Report on horse surra - Volume II, Part II
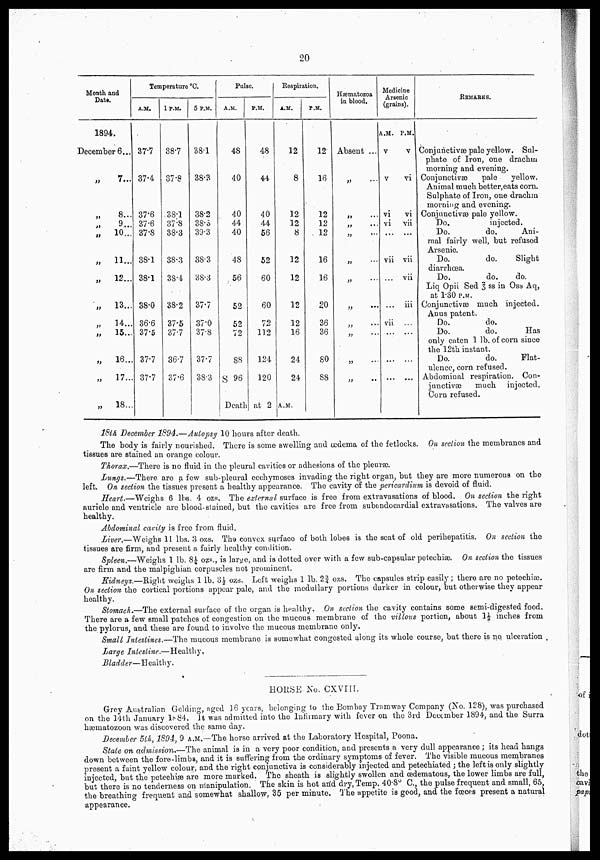
20
Month and
Date.
1894.
December 6...
„
7...
„
8...
„
9...
„
10...
„
11...
„
12...
„
13...
„
14...
„
15...
„
18...
„
17...
„
18...
Temperature °C.
A.M.
37.7
37.4
37.6
37.6
37.8
38.1
38.1
38.0
36.6
37.5
37.7
37.7
1 P.M.
38.7
37.8
38.1
37.8
38.3
38.3
38.4
38.2
37.5
37.7
36.7
37.6
5 P.M.
38.1
38.3
38.2
38.3
39.3
38.3
38.3
37.7
37.0
37.8
37.7
38.3
Pulse.
A.M.
48
40
40
44
40
48
56
52
52
72
88
S 96
P.M.
48
44
40
44
56
52
60
60
72
112
124
120
Respiration.
A.M.
12
8
12
12
8
12
12
12
12
16
24
24
Death at 2 A.M.
P.M.
12
16
12
12
12
16
16
20
36
36
80
88
Hæmatozoa
in blood.
Absent ...
„ ...
„
...
„ ...
„ ...
„ ...
„ ...
„ ...
„ ...
„ ...
„ ...
„ ...
Medicine
Arsenic
(grains).
A.M.
v
v
vi
vi
...
vii
...
vii
...
...
...
P.M.
v
vi
vi
vii
...
vii
vii
iii
...
...
...
...
REMARKS.
Conjunctivæ pale yellow. Sul-
phate of Iron, one drachm
morning and evening.
Conjunctivae
pale
yellow.
Animal much better, eats corn.
Sulphate of Iron, one drachm
morning and evening.
Conjunctivae pale yellow.
Do.
injected.
Do.
do.
Ani-
mal fairly well, but refused
Arsenic.
Do.
do.
Slight
diarrhoea.
Do,
do.
do.
Liq Opii Sed 3 ss in Oss Aq,
at 1.30 P.M.
Conjunctivae much injected.
Anus patent.
Do.
do.
Do.
do.
Has
only eaten 1 lb. of corn since
the 12th instant.
Do.
do.
Flat-
ulence, corn refused.
Abdominal respiration. Con-
junctivae
much
injected.
Corn refused.
18th December 1894.—Autopsy 10 hours after death.
The body is fairly nourished. There is some swelling and œdema of the fetlocks. On section the membranes and
tissues are stained an orange colour.
Thorax.—There is no fluid in the pleural cavities or adhesions of the pleuræ.
Lungs.—There are a few sub-pleural ecchymoses invading the right organ, but they are more numerous on the
left. On section the tissues present a healthy appearance. The cavity of the pericardium is devoid of fluid.
Heart.—Weighs 6 lbs. 4 ozs. The external surface is free from extravasations of blood. ^ On section the right
auricle and ventricle are blood-stained, but the cavities are free from subendocardial extravasations. The valves are
healthy.
Abdominal cavity is free from fluid.
Liver.—Weighs 11 lbs. 3 ozs. The convex surface of both lobes is the seat of old perihepatitis. On section the
tissues are firm, and present a fairly healthy condition.
Spleen.—Weighs 1 lb. 8¼ ozs., is large, and is dotted over with a few sub-capsular petechiæ On section the tissues
are firm and the malpighian corpuscles not prominent.
Kidneys.—Right weighs 1 lb. 3½ ozs. Left weighs 1 lb. 2¾ ozs. The capsules strip easily; there are no petechias.
On section the cortical portions appear pale, and the medullary portions darker in colour, but otherwise they appear
healthy.
Stomach.—The external surface of the organ is healthy. On section the cavity contains some semi-digested food.
There are a few small patches of congestion on the mucous membrane of the villous portion, about 1½ inches from
the pylorus, and these are found to involve the mucous membrane only.
Small Intestines.—-The mucous membrane is somewhat congested along its whole course, but there is no ulceration .
Large Intestine.—Healthy,
Bladder—Healthy.
HOUSE No. CXVIII.
Grey Australian Gelding, aged 16 years, belonging 1o the Bombay Tramway Company (No. 128), was purchased
on the 14th January 1884. It was admitted into the Infirmary with fever on the 3rd December 1894, and the Surra
hæmatozoon was discovered the same day.
December 5th, 1894, 9 A.M.—The horse arrived at the Laboratory Hospital, Poona.
State on admission.—The animal is in a very poor condition, and presents a very dull appearance ; its head hangs
down between the fore-limbs, and it is suffering from the ordinary symptoms of fever. The visible mucous membranes
present a faint yellow colour, and the right conjunctiva is considerably injected and petechiated ; the left is only slightly
injected, but the petechias are more marked. The sheath is slightly swollen and œdematous, the lower limbs are full,
but there is no tenderness on manipulation. The skin is hot and dry, Temp. 40.8° C, the pulse frequent and small, 65,
the breathing frequent and somewhat shallow, 35 per minute. The appetite is good, and the fœces present a natural
appearance.